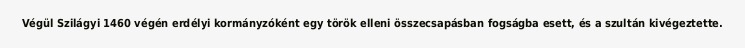
Végül Szilágyi 1460 végén erdélyi kormányzóként egy török elleni összecsapásban fogságba esett, és a szultán kivégeztette.